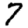
Digit: 7